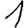
Digit: 1